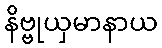
နိဗ္ဗုယှမာနာယ